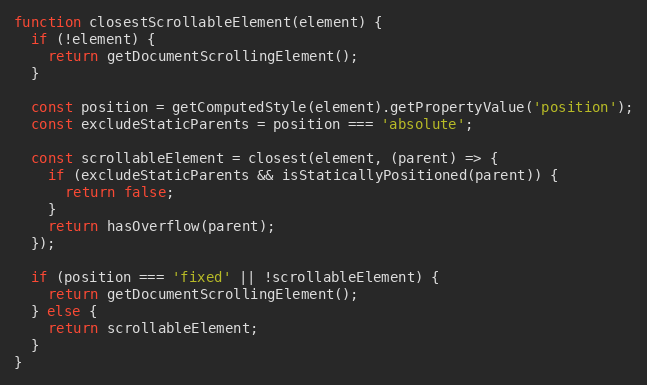
Language: JavaScript
function closestScrollableElement(element) {
  if (!element) {
    return getDocumentScrollingElement();
  }

  const position = getComputedStyle(element).getPropertyValue('position');
  const excludeStaticParents = position === 'absolute';

  const scrollableElement = closest(element, (parent) => {
    if (excludeStaticParents && isStaticallyPositioned(parent)) {
      return false;
    }
    return hasOverflow(parent);
  });

  if (position === 'fixed' || !scrollableElement) {
    return getDocumentScrollingElement();
  } else {
    return scrollableElement;
  }
}